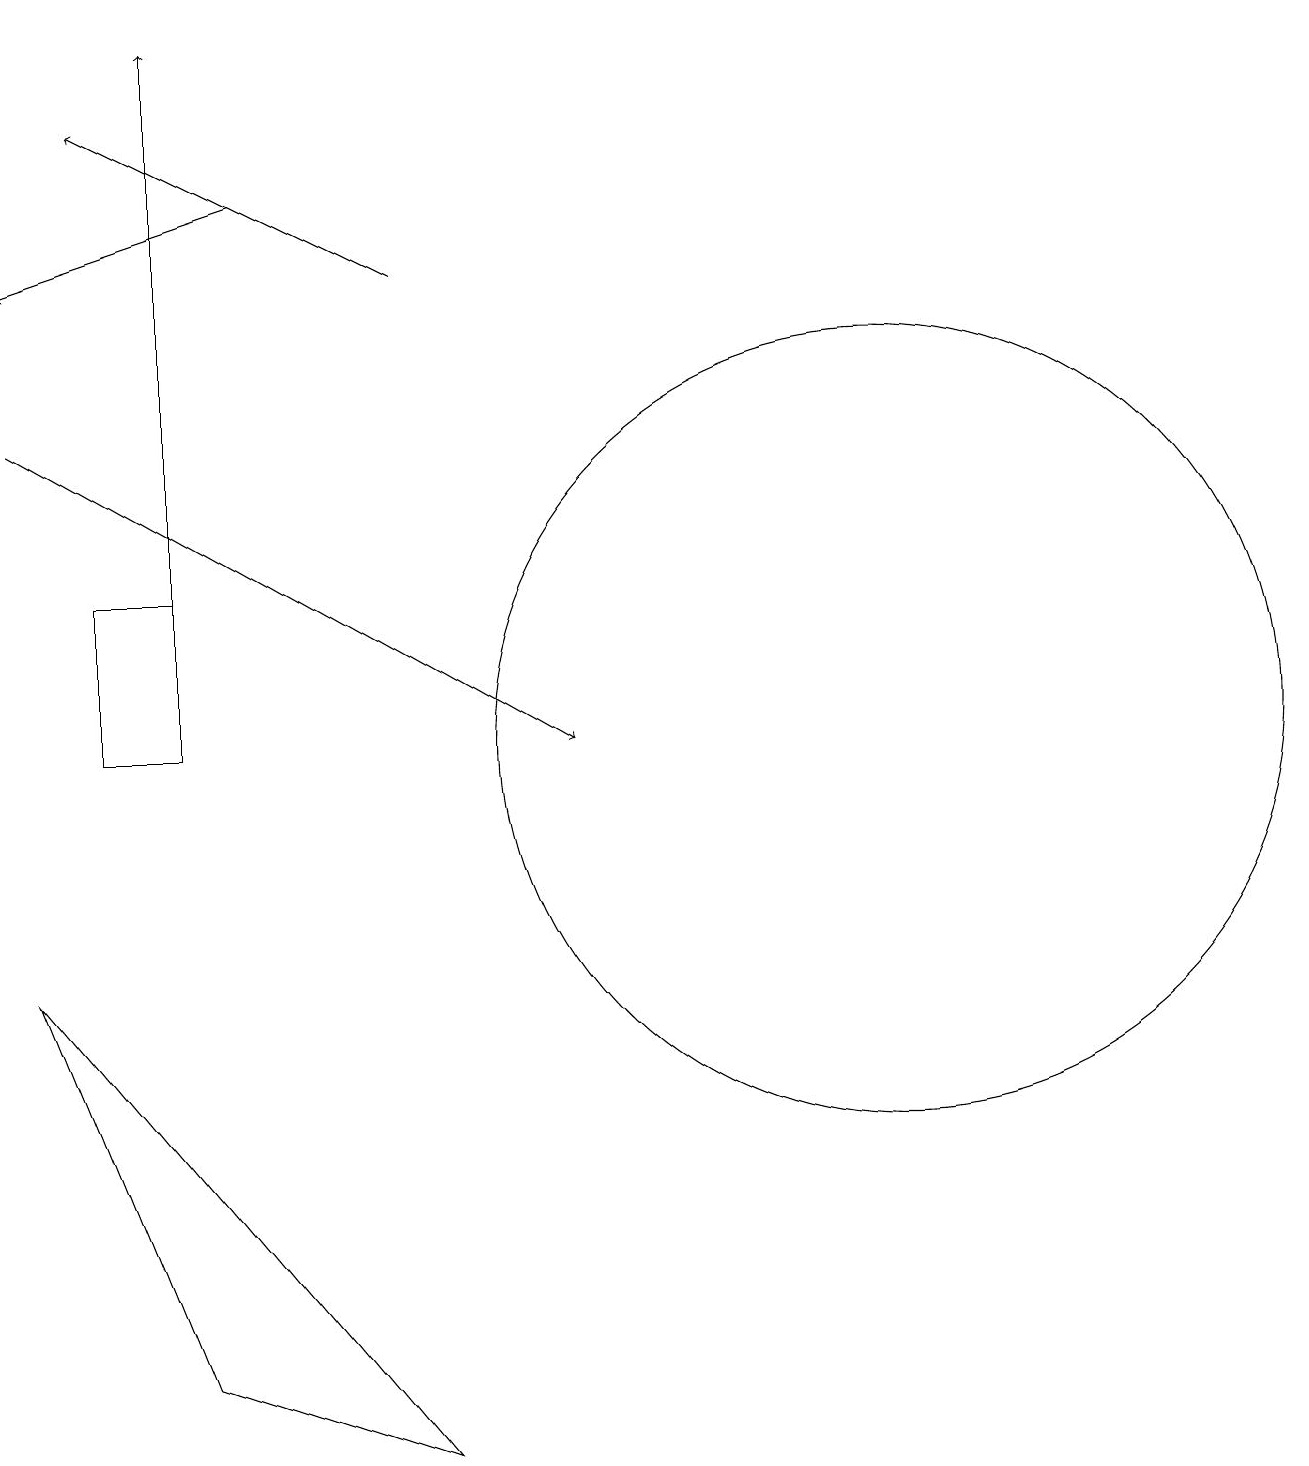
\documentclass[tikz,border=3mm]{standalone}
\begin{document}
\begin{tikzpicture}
\draw[->] (5,16) -- (1,18);
\draw[->] (0,14) -- (7,10);
\draw (11,10) circle (5);
\draw (2,10) rectangle (1,12);
\draw[->] (2,11) -- (2,19);
\draw[->] (3,17) -- (0,16);
\draw (0,7) -- (2,2) -- (5,1) -- cycle;
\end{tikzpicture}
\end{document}